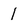
Character: 1